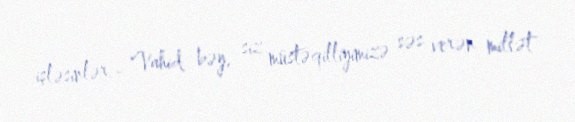
işləsinlər.- Vahid bəy, siz müstəqilliyimizə səs verən millət